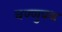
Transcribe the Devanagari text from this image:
वण्णुपथ